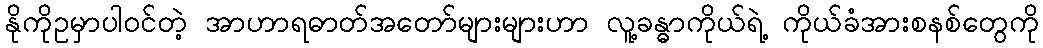
နိုကိုဥမှာပါဝင်တဲ့ အာဟာရဓာတ်အတော်များများဟာ လူ့ခန္ဓာကိုယ်ရဲ့ ကိုယ်ခံအားစနစ်တွေကို